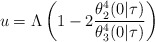
\begin{align*}u = \Lambda\left(1 - 2\frac{\theta_2^4(0|\tau)}{\theta_3^4(0|\tau)} \right)\end{align*}